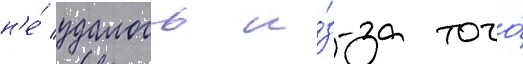
н'е́ удалось и́з-за того́